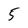
Character: 5